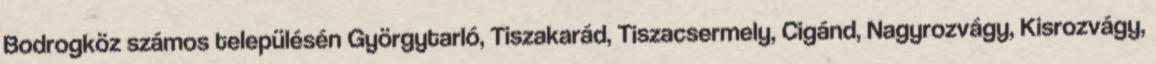
Bodrogköz számos településén Györgytarló, Tiszakarád, Tiszacsermely, Cigánd, Nagyrozvágy, Kisrozvágy,